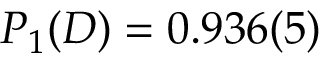
P _ { 1 } ( D ) = 0 . 9 3 6 ( 5 )